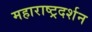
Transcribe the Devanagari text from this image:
महाराष्ट्रदर्शन